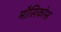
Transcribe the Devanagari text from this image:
मौसिकोस